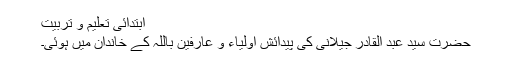
ابتدائی تعلیم و تربیت
حضرت سید عبد القادر جیلانیؒ کی پیدائش اولیاء و عارفین باللہ کے خاندان میں ہوئی۔